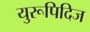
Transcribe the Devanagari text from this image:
युरूपिदिज